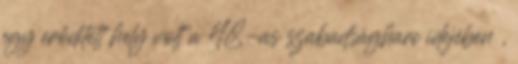
egy erődített hely volt a 48-as szabadságharc idejében ,